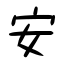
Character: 安